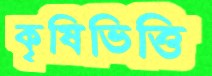
কৃষিভিত্তি